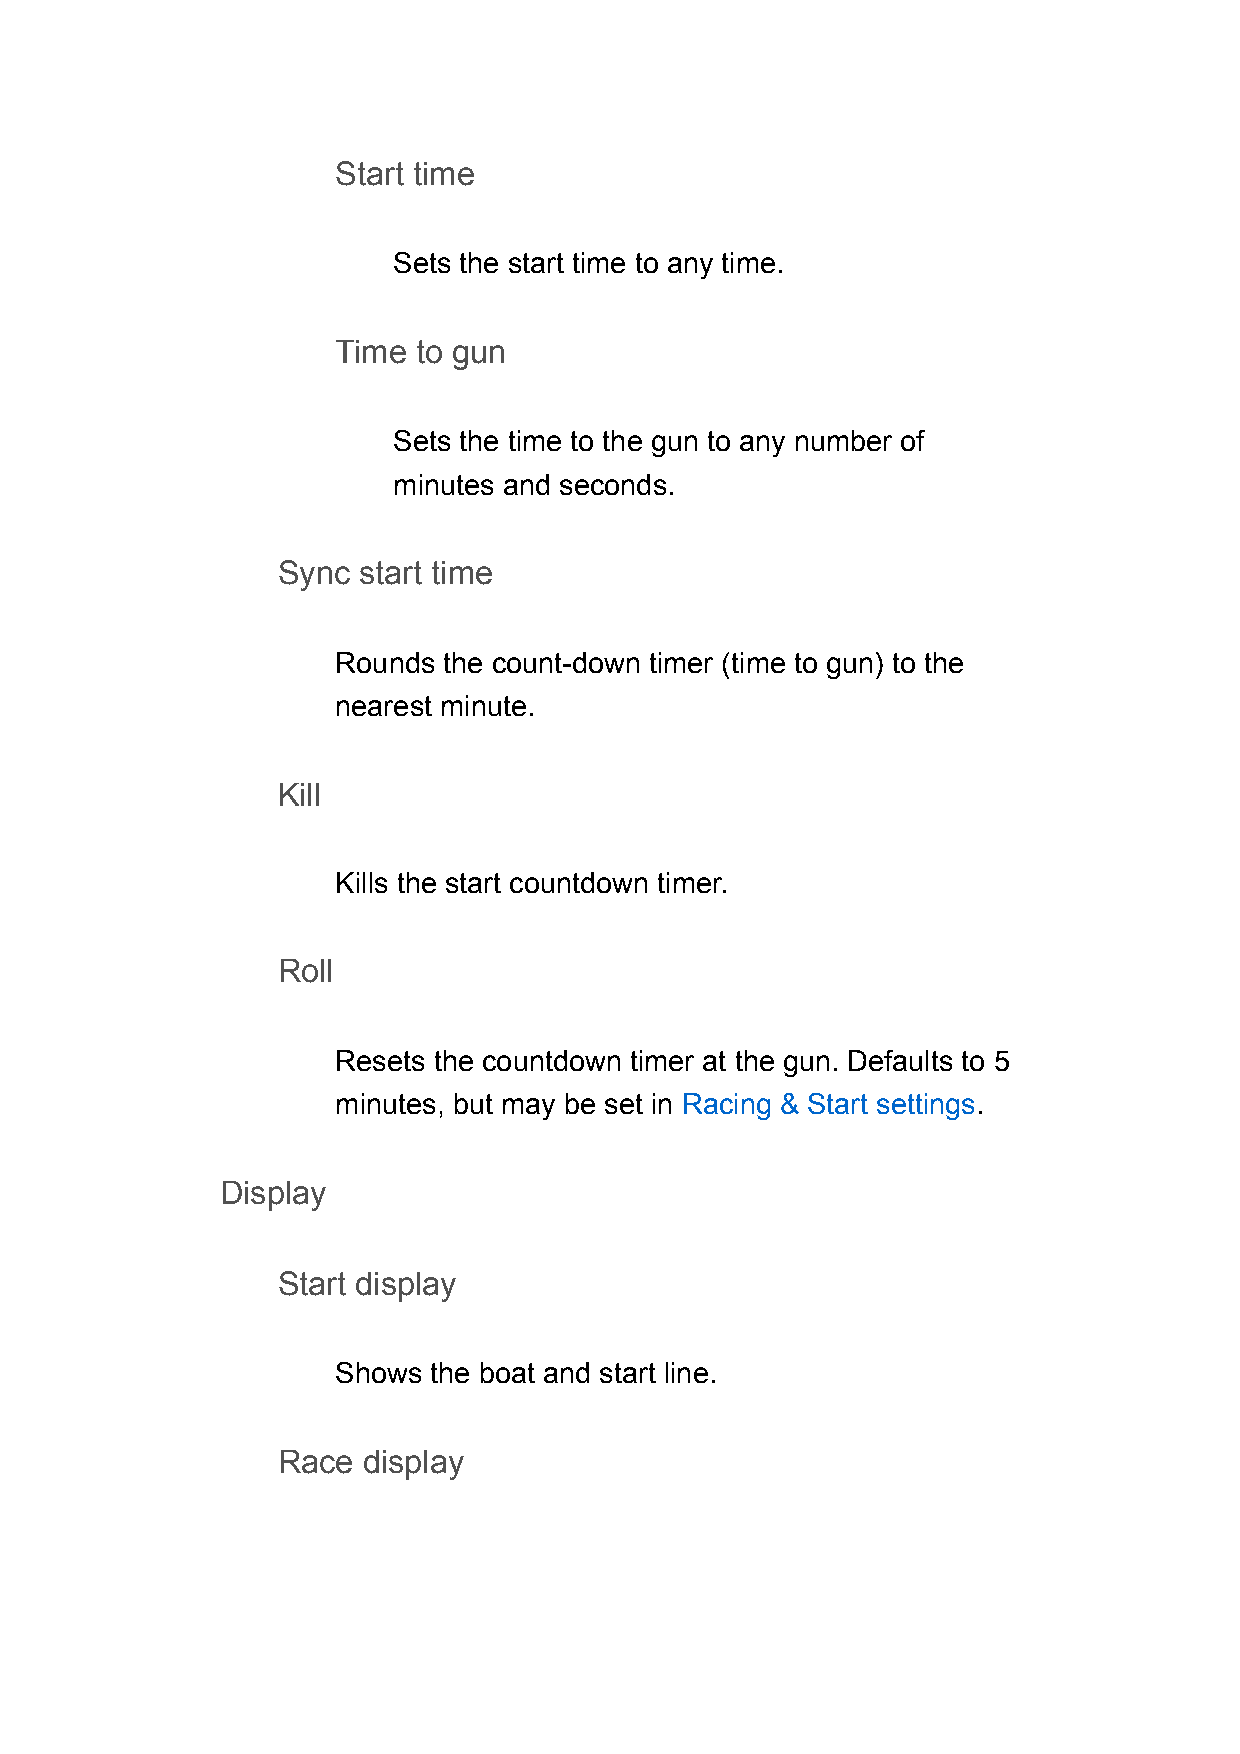
Start time
 Sets the start time to any time.
 Time  to gun
 Sets the time to the gun to any number of
 minutes and seconds.
 Sync  start time
 Rounds the count-down timer (time to gun) to the
 nearest minute.
 Kill
 Kills the start countdown timer.
 Roll
 Resets the countdown timer at the gun. Defaults to 5
 minutes, but may be set in Racing & Start settings.
 Display
 Start display
 Shows the boat and start line.
 Race  display